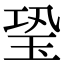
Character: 𤤶